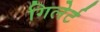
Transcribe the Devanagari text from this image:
गिलेर्ट